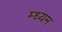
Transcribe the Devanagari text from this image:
म्ध्यम